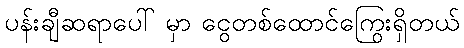
ပန်းချီဆရာပေါ် မှာ ငွေတစ်ထောင်ကြွေးရှိတယ်